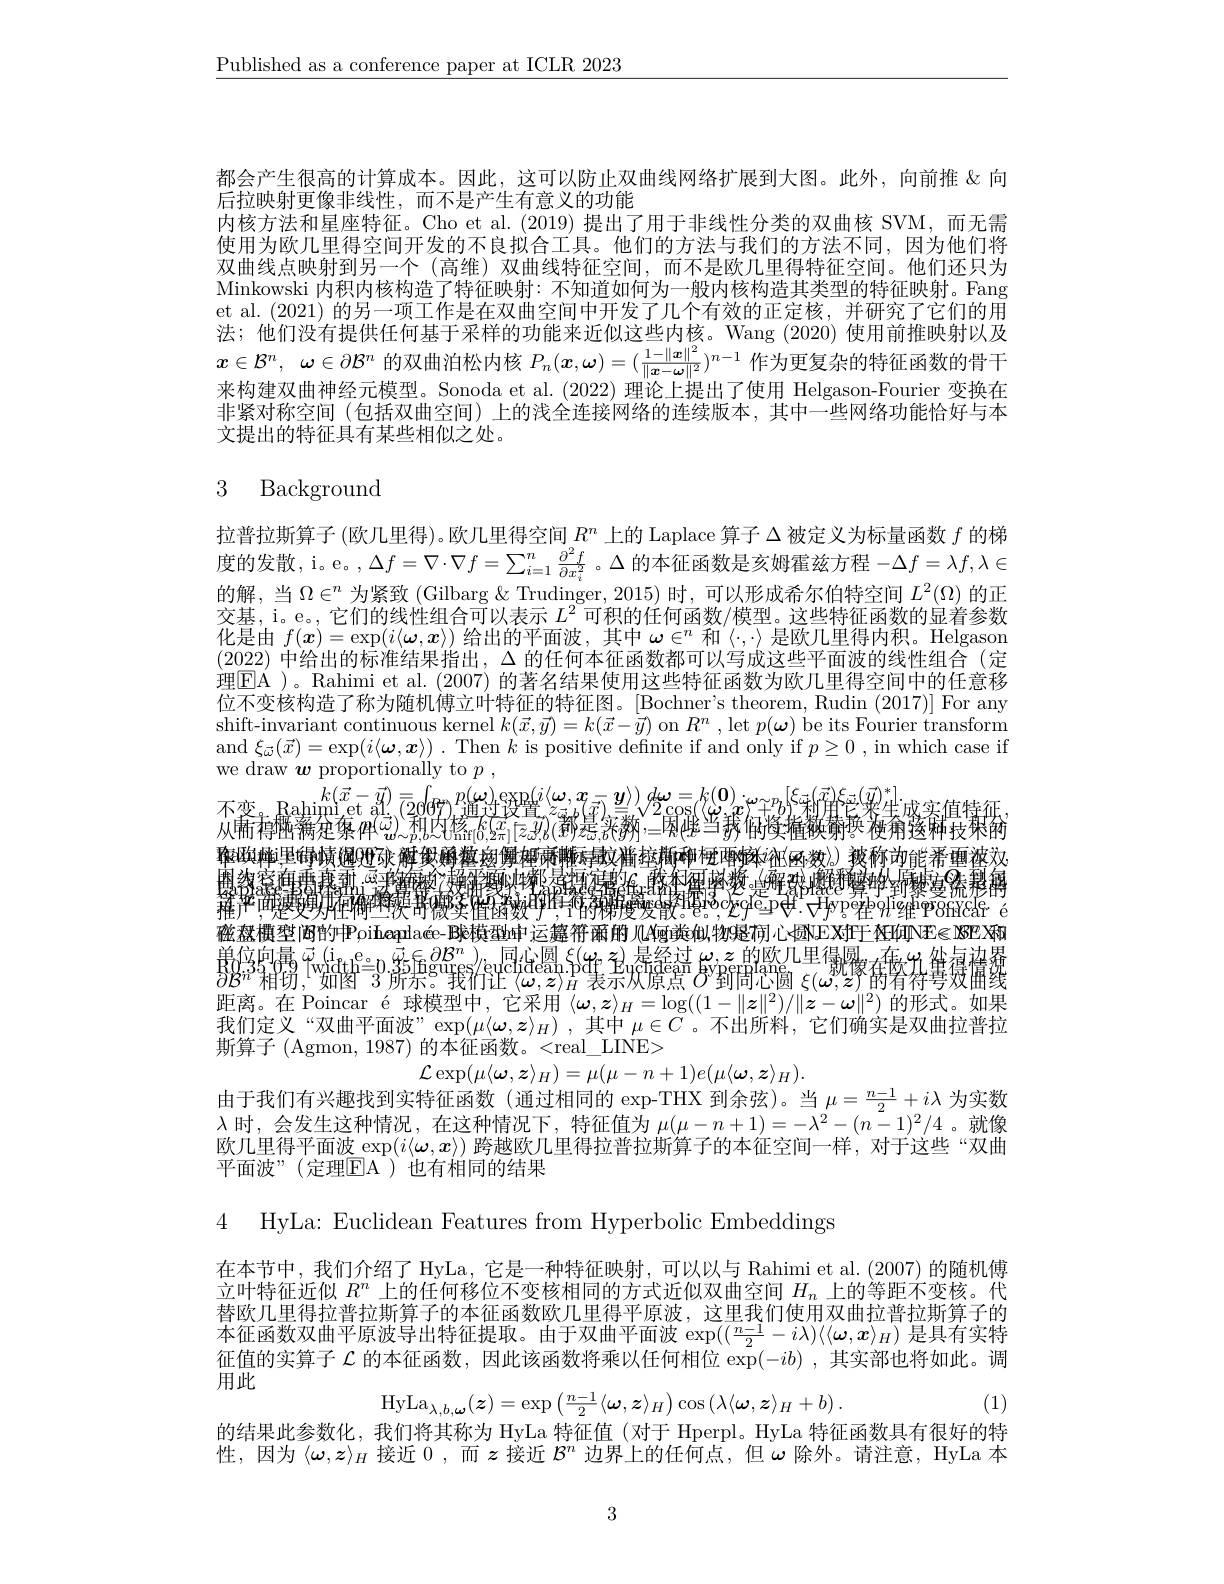
$\underline{\text{Published as a conference paper at ICLR 2023}}$

都会产生很高的计算成本。因此，这可以防止双曲线网络扩展到大图。此外，向前推&向
后拉映射更像非线性，而不是产生有意义的功能
内核方法和星座特征。Cho et al.(2019) 提出了用于非线性分类的双曲核 SVM,而无需使用为欧几里得空间开发的不良拟合工具。他们的方法与我们的方法不同，因为他们将双曲线点映射到另一个 (高维)双曲线特征空间，而不是欧几里得特征空间。他们还只为Minkowski 内积内核构造了特征映射：不知道如何为一般内核构造其类型的特征映射。Fang et al.(2021) 的另一项工作是在双曲空间中开发了几个有效的正定核，并研究了它们的用法；他们没有提供任何基于采样的功能来近似这些内核。Wang (2020) 使用前推映射以及$x\in \mathcal{B} ^n$, $\omega \in \partial \mathcal{B} ^n$的双曲泊松内核$P_n(x,\omega)=(\frac1-\|\boldsymbol{x}\|^2)^{n-1}$作为更复杂的特征函数的骨干来构建双曲神经元模型。Sonoda et al.(2022) 理论上提出了使用 Helgason-Fourier 变换在非紧对称空间 (包括双曲空间) 上的浅全连接网络的连续版本，其中一些网络功能恰好与本文提出的特征具有某些相似之处。

## 3 Background

拉普拉斯算子(欧几里得)。欧几里得空间$R^n$上的 Laplace 算子$\Delta$被定义为标量函数$f$的梯度的发散，i。e。, $\Delta f=\nabla\cdot\nabla f=\sum_{i=1}^n\frac{\partial^2f}{\partial x_i^2}$。$\Delta$的本征函数是亥姆霍兹方程$-\Delta f=\lambda f,\lambda\in$ 的解，当$\Omega\in^n$为紧致 (Gilbarg & Trudinger, 2015) 时，可以形成希尔伯特空间$L^2(\Omega)$的正交基，i。e。, 它们的线性组合可以表示$L^2$可积的任何函数/模型。这些特征函数的显着参数化是由$f(x)=\exp(i\langle\omega,x\rangle)$给出的平面波，其中$\omega\in^n$和$\langle\cdot,\cdot\rangle$是欧几里得内积。Helgason (2022)中给出的标准结果指出，$\Delta$的任何本征函数都可以写成这些平面波的线性组合 (定理$\boxed{\mathrm{EA}}$ )。Rahimi et al. (2007) 的著名结果使用这些特征函数为欧儿里得空间中的任意移位不变核构造了称为随机傅立叶特征的特征图。[Bochner's theorem, Rudin (2017)] For any $\begin{array}{c}{\text{shift-invariant continuous kernel }k(\vec{x},\vec{y})=k(\vec{x}-\vec{y})\mathrm{~on~}R^{n},\mathrm{~let~}p(\boldsymbol{\omega})\mathrm{~be~its~Fourier~transform}}\\{\text{shift-invariant continuous kernel }k(\vec{x},\vec{y})=k(\vec{x}-\vec{y})\mathrm{~on~}R^{n},\mathrm{~let~}p(\boldsymbol{\omega})\mathrm{~be~it~s~Fourier~transform}}\end{array}$ and $\xi _{\vec{\omega } }( \vec{x} ) = \exp ( i\langle \boldsymbol{\omega }, \boldsymbol{x}\rangle )$ . Then $k$ is positive definite if and only if $p\geq 0$ , in which case if we draw $\boldsymbol{w}$ proportionally to $p$,
$\begin{array}{c}\text{we draw }w&\text{proportonaly to }p,\\k(\vec{x}-\vec{y})&=\int_{20}^{p(\boldsymbol{\omega})}e_{\mathrm{SB}}^{\mathrm{sp}(i/\boldsymbol{\omega},\boldsymbol{x}_{i}^{-})),d\boldsymbol{\omega}=k(\mathbf{0}),\dot{\omega}=k(\mathbf{0}),\dot{\omega}_{\text{下}}^{-}\text{利内核 }k(x_{\text{示}}^{-}|\boldsymbol{z}_{\text{可以}}^{-}),d\boldsymbol{\omega}=k(\mathbf{0}),\dot{\omega}_{\text{下}}^{-}\:\:\\\text{不变。Rahim et a}^{\mathrm{p}}(\vec{\text{o}})&\text{和内核 }k(\vec$
$\{\text{格}_{[0,2\pi]}^{k(x)}[z,y)($都是亲$y$救，=困ழ当我何資摧鞅掎琠襖甭邃柿技梾铱
秠颋幛逞铮姨熥哩弥簰煲酶魃卥舅蝈雨蛳与蚊着拉斯砷梗啤嫁$i$祉网，数》被称动能希重液文， 團務客會專專團 $\frac{\text{公}1}{\text{ 中曾中被}1}$奧門奧以物 是指在當名。的不留中變。一個郡縣和摩地 到黎夏流移轉$\underline{形}$
$\mathrm{pe}_{2}\mathrm{P} _{91}\mathrm{q} _{2}\mathrm{P} _{6}\mathrm{q} _{2}\mathrm{q} _{2}\mathrm{q} _{2}\mathrm{q} _{2}\mathrm{q} _{2}\mathrm{q} _{2}\mathrm{q} _{2}\mathrm{q} _{2}\mathrm{q} _{2}\mathrm{q} _{2}\mathrm{q} _{2}\mathrm{q} _{2}\mathrm{q} _{2}\mathrm{q} _{2}$q
自然
$i^{\mathrm{o}}$的物理设的
褴盘横型间的中Poi$\textbf{Leapla\' {e}- B球 模 型 h中 运 箠 符 酥 酣 几 4辆 粪 姒 物 疑 荷 心 圆 NE对 于 座 响 VE SSP X和 }$ $\begin{array}{c}\text{魚位向鼻}&\bar{\varphi}_{\mathrm{wifdth}}^{\mathrm{e}}=0.5\text{豆}^{\mathrm{f}}\in\partial^{\mathrm{B}^{\mathrm{n}}}\text{同心圆}.\xi_{\mathrm{ff}}\text{也}\\\text{B}^{\mathrm{n}}\text{相切，}^{\mathrm{f}\mathrm{hl}}\text{如图 }3\text{ 所示。我们让}\langle\omega,z\rangle_{H}\text{ 表示欢原点 }\delta^{\mathrm{y}}\text{到問心圆 }\xi(\omega,z)\text{ 的特特号效曲}^{\mathrm{an}}\end{array}$ 距离。在 Poincar é 球模型中，它采用$\langle\boldsymbol{\omega},\boldsymbol{z}\rangle_H=\log((1-\|\boldsymbol{z}\|^2)/\|\boldsymbol{z}-\boldsymbol{\omega}\|^2)$的形式。如果我们定义“双曲平面波”$\exp(\mu\langle\omega,z\rangle_H)$ ,其中$\mu\in C$ 。不出所料，它们确实是双曲拉普拉斯算子 (Agmon, 1987) 的本征函数。<real\_LINE>
$$\mathcal{L}\exp(\mu\langle\omega,\boldsymbol{z}\rangle_{H})=\mu(\mu-n+1)e(\mu\langle\boldsymbol{\omega},\boldsymbol{z}\rangle_{H})$$
由于我们有兴趣找到实特征函数(通过相同的 exp-THX 到余弦)。当$\mu=\frac{n-1}2+i\lambda$为实数$\lambda$时，会发生这种情况，在这种情况下，特征值为$\mu(\mu-n+1)=-\lambda^2-(n-1)^2/4$ 。就像欧几里得平面波$\exp(i\langle\omega,x\rangle)$跨越欧几里得拉普拉斯算子的本征空间一样，对于这些“双曲平面波”(定理$\mathbb{E}$A)也有相同的结果

4 HyLa: Euclidean Features from Hyperbolic Embeddings

在本节中，我们介绍了 HyLa,它是一种特征映射，可以以与 Rahimi et al.(2007)的随机傅立叶特征近似$R^n$上的任何移位不变核相同的方式近似双曲空间$H_n$上的等距不变核。代替欧几里得拉普拉斯算子的本征函数欧几里得平原波，这里我们使用双曲拉普拉斯算子的本征函数双曲平原波导出特征提取。由于双曲平面波$\exp((\frac{n-1}2-i\lambda)\langle\langle\boldsymbol{\omega},\boldsymbol{x}\rangle_H)$ 是具有实特征值的实算子$\mathcal{L}$的本征函数，因此该函数将乘以任何相位$\bar\exp(-ib)$ ,其实部也将如此。调用此
$$\mathrm{HyLa}_{\lambda,b,\boldsymbol{\omega}}(\boldsymbol{z})=\exp\left(\frac{n-1}{2}\langle\boldsymbol{\omega},\boldsymbol{z}\rangle_{H}\right)\cos\left(\lambda\langle\boldsymbol{\omega},\boldsymbol{z}\rangle_{H}+b\right).$$
(1)

的结果此参数化，我们将其称为 HyLa 特征值 (对于 Hperpl。HyLa 特征函数具有很好的特

性，因为$\langle\boldsymbol{\omega},\boldsymbol{z}\rangle_H$接近 0 ,而$\boldsymbol{z}$接近$\mathcal{B}^n$边界上的任何点，但$\omega$除外。请注意，HyLa 本

3